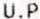
U.P